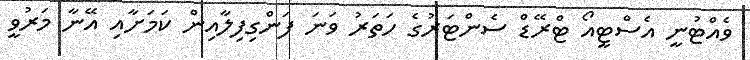
ވެއްޓުނީ އެސްޓީއޯ ޓްރޭޑް ސެންޓަރުގެ ހަތަރު ވަނަ ފަންގިފިލާއިން ކަމަށާއި އޭނާ މަރުވީ